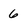
Character: 6